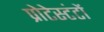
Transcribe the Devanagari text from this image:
प्रोटेस्टंटों